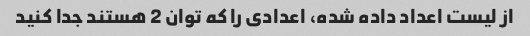
از لیست اعداد داده شده، اعدادی را که توان 2 هستند جدا کنید